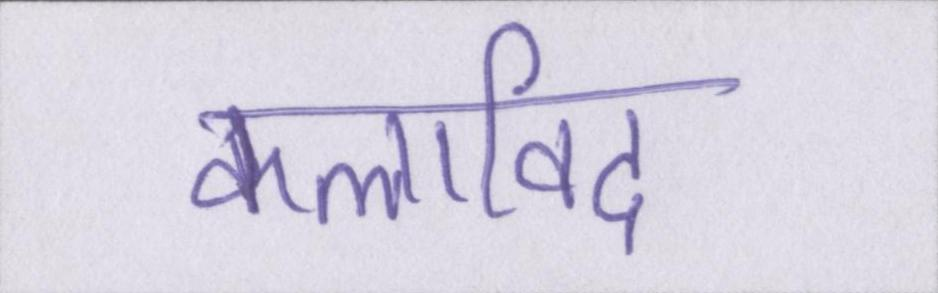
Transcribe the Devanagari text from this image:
कलाविद